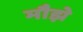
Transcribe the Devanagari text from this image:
मौझे